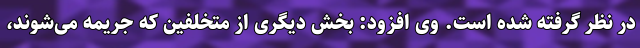
در نظر گرفته شده است. وی افزود: بخش دیگری از متخلفین که جریمه می‌شوند،